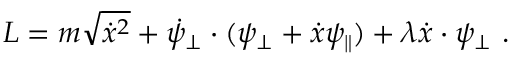
L = m \sqrt { \dot { x } ^ { 2 } } + \dot { \psi } _ { \perp } \cdot ( \psi _ { \perp } + \dot { x } \psi _ { \parallel } ) + \lambda \dot { x } \cdot \psi _ { \perp } \ .